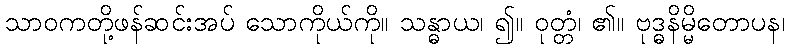
သာဝကတို့ဖန်ဆင်းအပ် သောကိုယ်ကို။ သန္ဓာယ၊ ၍။ ဝုတ္တံ၊ ၏။ ဗုဒ္ဓနိမ္မိတောပန၊